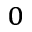
_ 0